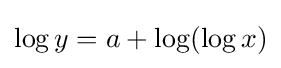
\log y=a+\log(\log x)